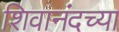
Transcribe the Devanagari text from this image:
शिवानंदच्या